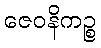
ဇေဝနိကဉ္စ